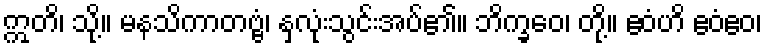
ဣတိ၊ သို့။ မနသိကာတဗ္ဗံ၊ နှလုံးသွင်းအပ်၏။ ဘိက္ခဝေ၊ တို့။ ဧဝံဟိ ဧဝံဧဝ၊